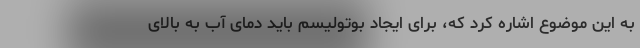
به این موضوع اشاره کرد که، برای ایجاد بوتولیسم باید دمای آب به بالای